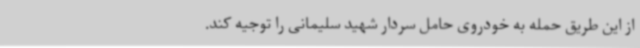
از این طریق حمله به خودروی حامل سردار شهید سلیمانی را توجیه کند.